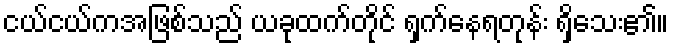
ငယ်ငယ်ကအဖြစ်သည် ယခုထက်တိုင် ရှက်နေရတုန်း ရှိသေး၏။